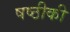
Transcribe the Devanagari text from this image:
षष्ठीकी